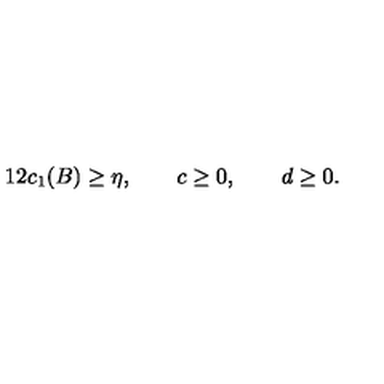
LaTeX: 1 2 c _ { 1 } ( B ) \geq \eta , \qquad c \geq 0 , \qquad d \geq 0 .